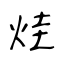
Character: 烓